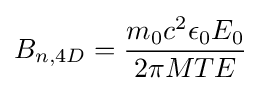
B_{n,4D}={\frac {m_{0}c^{2}\epsilon _{0}E_{0}}{2\pi MTE}}